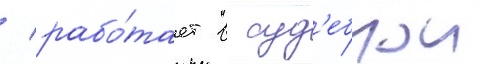
/ рабо́тает в суд'ебнои